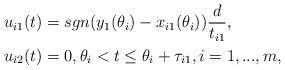
LaTeX: \begin{align*}u_{i1}(t)&=sgn(y_1(\theta_i)-x_{i1}(\theta_i))\frac{d}{t_{i1}},\\u_{i2}(t)&=0, \theta_i<t\leq\theta_i+\tau_{i1}, i=1,...,m,\end{align*}